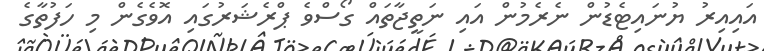
އައިއިރު ޔުނައިޓެޑުން ނެރެމުން އައި ނަތީޖާތައް ގޯސްވެ ޕްރެޝަރުގައި އޮވެގެން މި ހަފުތާގެ